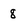
Character: 8